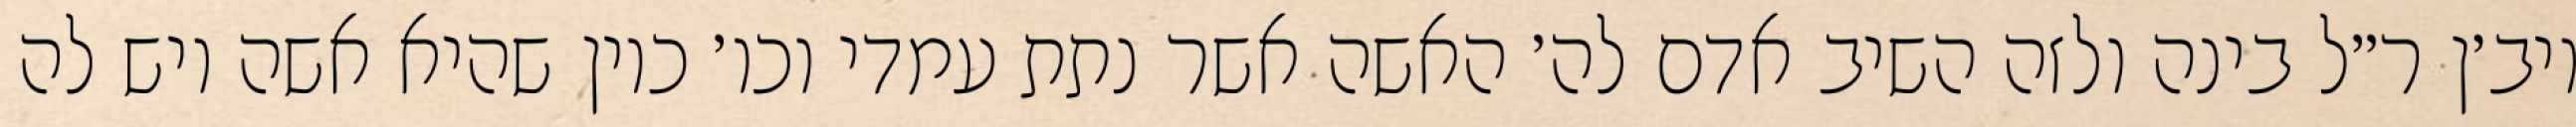
ויב׳ן ר״ל בינה ולזה השיב אדם לה׳ האשה אשר נתת עמדי וכו׳ כיון שהיא אשה ויש לה